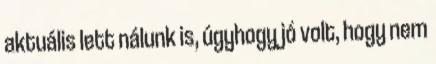
aktuális lett nálunk is, úgyhogy jó volt, hogy nem